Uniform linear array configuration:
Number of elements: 16
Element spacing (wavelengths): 0.5
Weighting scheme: hamming
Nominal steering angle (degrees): -30
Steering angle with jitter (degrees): -31.806
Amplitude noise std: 0.05
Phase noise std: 0.05

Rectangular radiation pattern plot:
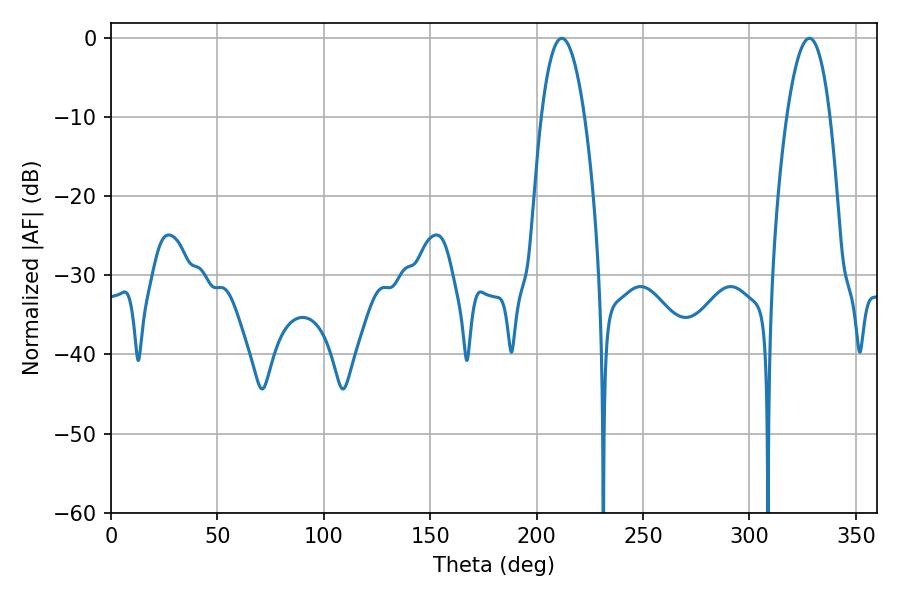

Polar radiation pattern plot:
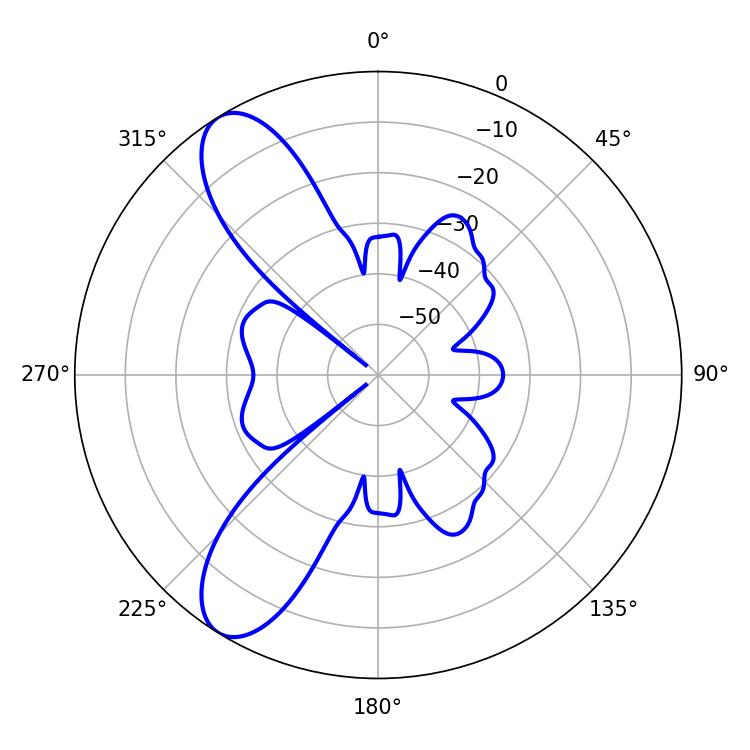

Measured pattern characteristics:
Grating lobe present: FALSE
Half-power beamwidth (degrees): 11.16
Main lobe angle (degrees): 211.86